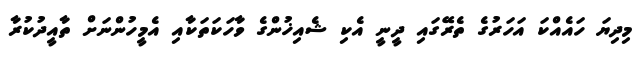
މިދިޔަ ހައެއްކަ އަހަރުގެ ތެރޭގައި ދީނީ އެކި ޝެއިޚުންގެ ވާހަކަތަކާއި އެމީހުންނަށް ތާއީދުކުރާ